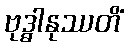
ဗုဒ္ဓါနုဿတိံ